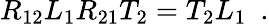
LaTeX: R_{12}L_{1}R_{21}T_{2}=T_{2}L_{1}~~.